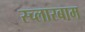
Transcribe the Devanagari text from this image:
स्च्लारबाम